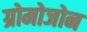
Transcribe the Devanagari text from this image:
ग्रोमोजोन